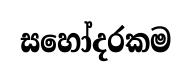
සහෝදරකම